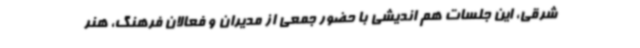
شرقی، این جلسات هم اندیشی با حضور جمعی از مدیران و فعالان فرهنگ، هنر